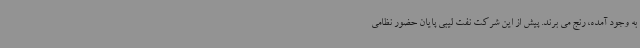
به وجود آمده، رنج می برند. پیش از این شرکت نفت لیبی پایان حضور نظامی